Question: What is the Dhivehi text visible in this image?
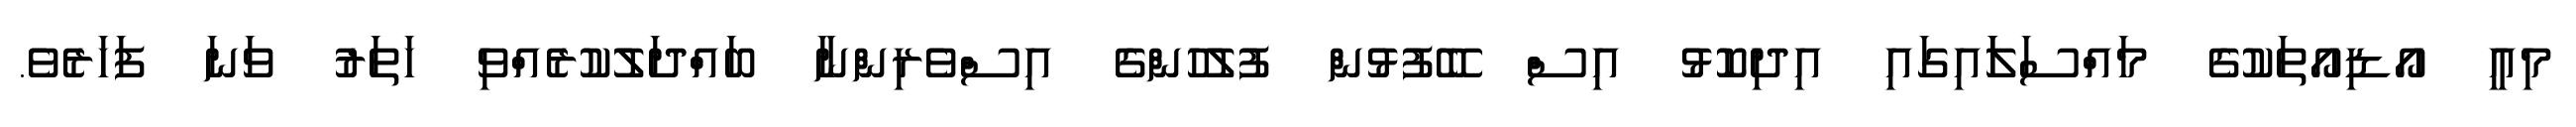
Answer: މިއީ އޯޑިއޯތަކުގެ މައްސަލަައިގައި އިދިކޮޅު އިސް ބޭފުޅުން ފުލުހުންގެ އިސްވެރިންނާ ބައްދަލުކުރެއްވި ހަތަރު ވަނަ ފަހަރެވެ.